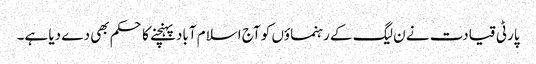
پارٹی قیادت نے ن لیگ کے رہنماؤں کو آج اسلام آباد پہنچنے کا حکم بھی دے دیا ہے۔